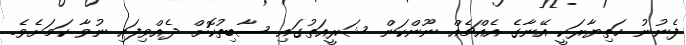
ފެނުނު ހަތިޔާރަކީ އޭނާގެ އެއްޗެއް ނޫންކަން ޝަރީއަތުގައި ސާބިތުކޮށް ދެއްވިފައި ނުވާ ކަމަށެވެ.